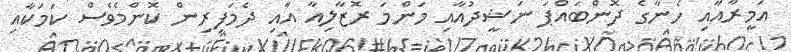
އަމީރާއާއި ހެނާގެ ދޮންބައްޕަ ނަޝީދުއާއި މަންމަ ރޮޒާލިއާ އާއި ދެމަފިރިން ކޮންމެވެސް ކަމަކާއި